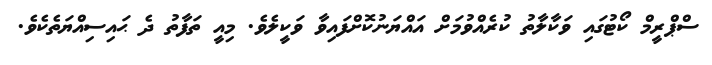
ސްޕްރީމް ކޯޓުގައި ވަކާލާތު ކުރެއްވުމަށް އައްޔަނުކޮށްފައިވާ ވަކީލެވެ. މިއީ ތަފާތު ދެ ޙައިސިއްޔަތެކެވެ.